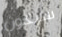
سيكون